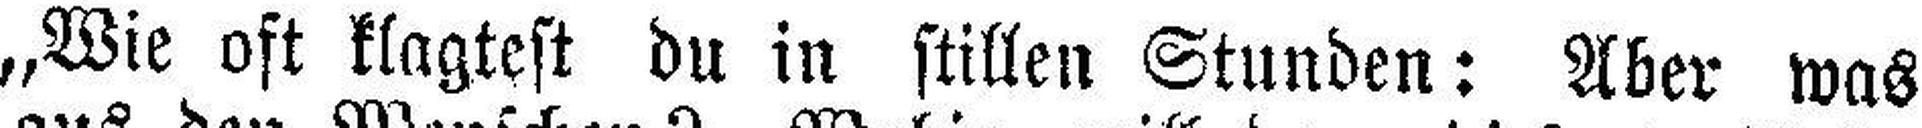
„Wie oft klagtest du in stillen Stunden: Aber was